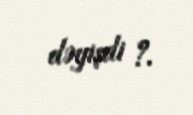
dəyişdi ?.